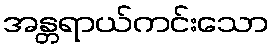
အန္တရာယ်ကင်းသော